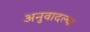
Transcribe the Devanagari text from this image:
अनुवादल्या